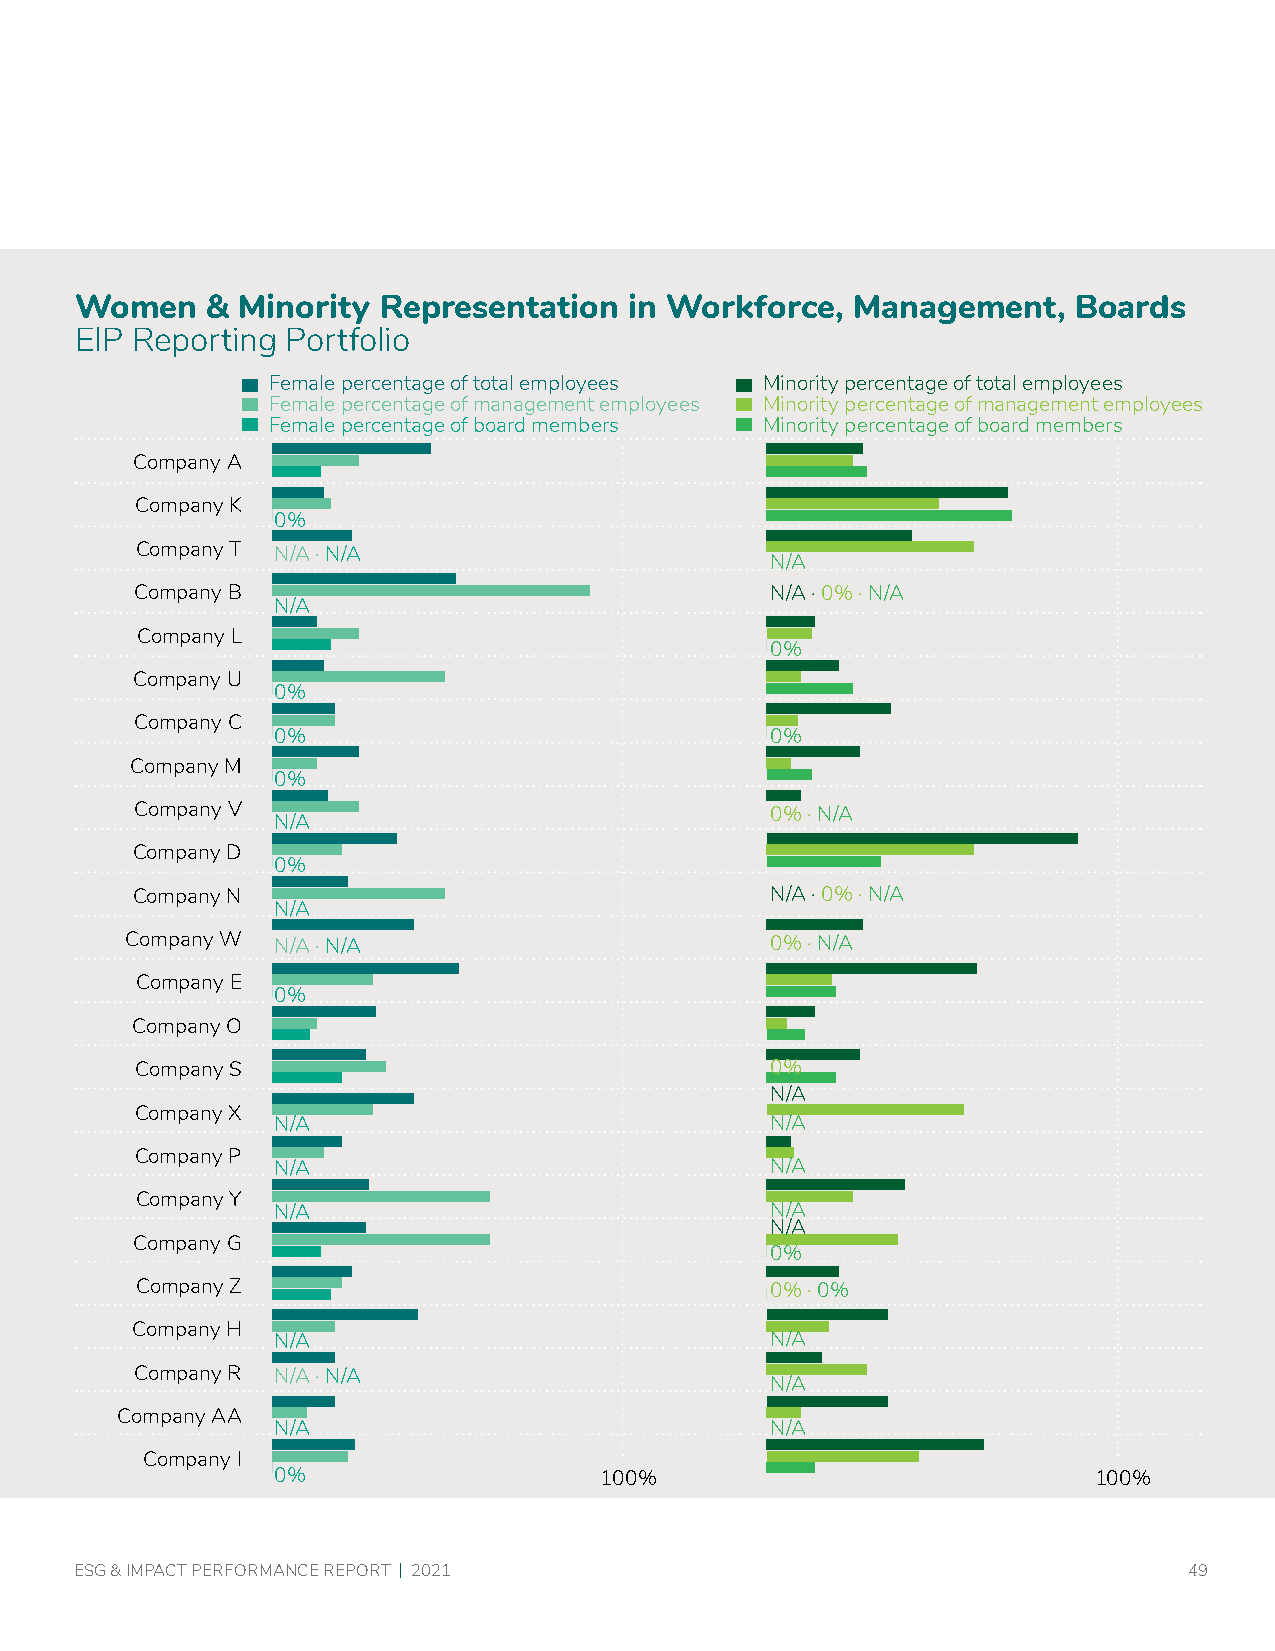
Women    & Minority Representation   in Workforce, Management,    Boards
 EIP Reporting Portfolio
 Female percentage of total employees Minority percentage of total employees
 Female percentage of management employees Minority percentage of management employees
 Female percentage of board members Minority percentage of board members
 Company A
 Company K
 0%
 Company T N/A · N/A
 N/A
 Company B                                 N/A · 0% · N/A
 N/A
 Company L
 0%
 Company U
 0%
 Company C
 0%                               0%
 Company M
 0%
 Company V                                 0% · N/A
 N/A
 Company D
 0%
 Company N                                 N/A · 0% · N/A
 N/A
 Company W N/A · N/A                        0% · N/A
 Company E
 0%
 Company O
 Company S                                 0%
 N/A
 Company X
 N/A                              N/A
 Company P
 N/A                              N/A
 Company Y
 N/A                              N/A
 N/A
 Company G
 0%
 Company Z                                 0% · 0%
 Company H
 N/A                              N/A
 Company R N/A · N/A
 N/A
 Company AA
 N/A                              N/A
 Company I
 0%                    100%                            100%
 ESG & IMPACT PERFORMANCE REPORT | 2021                                    49